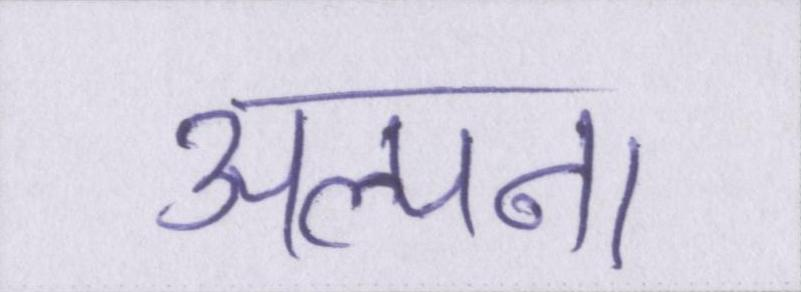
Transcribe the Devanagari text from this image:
अल्पना